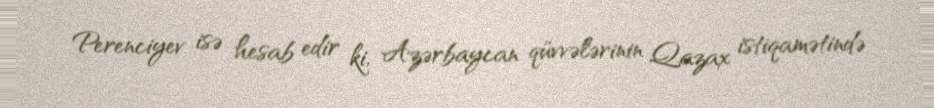
Perenciyev isə hesab edir ki, Azərbaycan qüvvələrinin Qazax istiqamətində